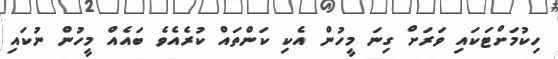
ހިކުމަށްޓަކައި ވަރަށް ގިނަ މީހުން އެކި ކަންތައް ކުރެއެވެ ބައެއް މީހުން ނުކައި